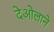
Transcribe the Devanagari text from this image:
देओलाने